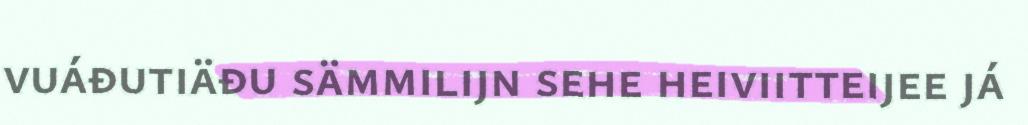
vuáđutiäđu sämmilijn sehe heiviitteijee já